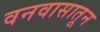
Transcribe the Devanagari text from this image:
वनवासातून